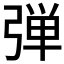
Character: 弾